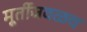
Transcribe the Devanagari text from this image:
मूर्तीजवळच